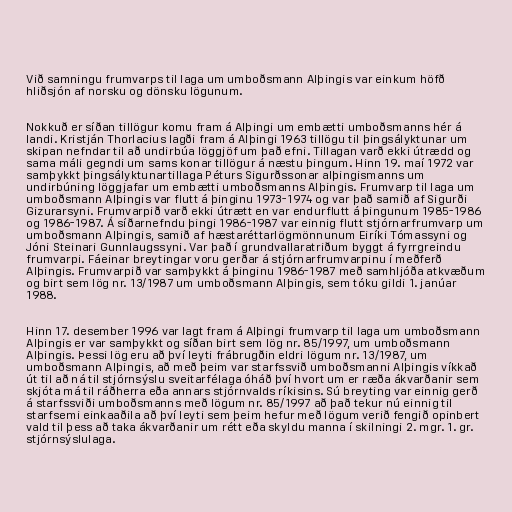
Við samningu frumvarps til laga um umboðsmann Alþingis var einkum höfð
hliðsjón af norsku og dönsku lögunum.

Nokkuð er síðan tillögur komu fram á Alþingi um embætti umboðsmanns hér á
landi. Kristján Thorlacius lagði fram á Alþingi 1963 tillögu til þingsályktunar um
skipan nefndar til að undirbúa löggjöf um það efni. Tillagan varð ekki útrædd og
sama máli gegndi um sams konar tillögur á næstu þingum. Hinn 19. maí 1972 var
samþykkt þingsályktunartillaga Péturs Sigurðssonar alþingismanns um
undirbúning löggjafar um embætti umboðsmanns Alþingis. Frumvarp til laga um
umboðsmann Alþingis var flutt á þinginu 1973-1974 og var það samið af Sigurði
Gizurarsyni. Frumvarpið varð ekki útrætt en var endurflutt á þingunum 1985-1986
og 1986-1987. Á síðarnefndu þingi 1986-1987 var einnig flutt stjórnarfrumvarp um
umboðsmann Alþingis, samið af hæstaréttarlögmönnunum Eiríki Tómassyni og
Jóni Steinari Gunnlaugssyni. Var það í grundvallaratriðum byggt á fyrrgreindu
frumvarpi. Fáeinar breytingar voru gerðar á stjórnarfrumvarpinu í meðferð
Alþingis. Frumvarpið var samþykkt á þinginu 1986-1987 með samhljóða atkvæðum
og birt sem lög nr. 13/1987 um umboðsmann Alþingis, sem tóku gildi 1. janúar
1988.

Hinn 17. desember 1996 var lagt fram á Alþingi frumvarp til laga um umboðsmann
Alþingis er var samþykkt og síðan birt sem lög nr. 85/1997, um umboðsmann
Alþingis. Þessi lög eru að því leyti frábrugðin eldri lögum nr. 13/1987, um
umboðsmann Alþingis, að með þeim var starfssvið umboðsmanni Alþingis víkkað
út til að ná til stjórnsýslu sveitarfélaga óháð því hvort um er ræða ákvarðanir sem
skjóta má til ráðherra eða annars stjórnvalds ríkisins. Sú breyting var einnig gerð
á starfssviði umboðsmanns með lögum nr. 85/1997 að það tekur nú einnig til
starfsemi einkaaðila að því leyti sem þeim hefur með lögum verið fengið opinbert
vald til þess að taka ákvarðanir um rétt eða skyldu manna í skilningi 2. mgr. 1. gr.
stjórnsýslulaga.